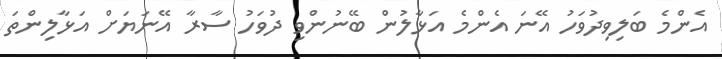
އެންމެ ބަލިވިދުވަހު އޭނަ އެންމެ އަޅާލުން ބޭނުންވި ދުވަހު ސާރާ އޭނަޔަށް އަޅާލިންތަ